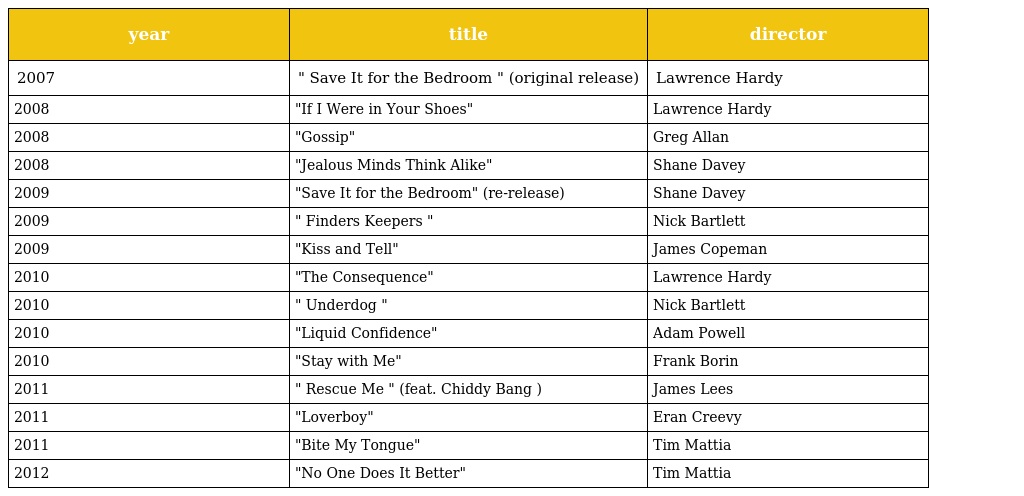
| year | title | director |
 | --- | --- | --- |
 | 2007 | " Save It for the Bedroom " (original release) | Lawrence Hardy |
 | 2008 | "If I Were in Your Shoes" | Lawrence Hardy |
 | 2008 | "Gossip" | Greg Allan |
 | 2008 | "Jealous Minds Think Alike" | Shane Davey |
 | 2009 | "Save It for the Bedroom" (re-release) | Shane Davey |
 | 2009 | " Finders Keepers " | Nick Bartlett |
 | 2009 | "Kiss and Tell" | James Copeman |
 | 2010 | "The Consequence" | Lawrence Hardy |
 | 2010 | " Underdog " | Nick Bartlett |
 | 2010 | "Liquid Confidence" | Adam Powell |
 | 2010 | "Stay with Me" | Frank Borin |
 | 2011 | " Rescue Me " (feat. Chiddy Bang ) | James Lees |
 | 2011 | "Loverboy" | Eran Creevy |
 | 2011 | "Bite My Tongue" | Tim Mattia |
 | 2012 | "No One Does It Better" | Tim Mattia |